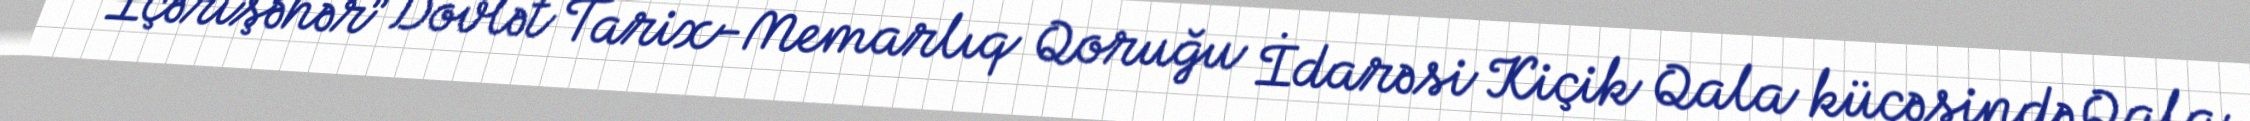
“İçərişəhər” Dövlət Tarix-Memarlıq Qoruğu İdarəsi Kiçik Qala küçəsində Qala